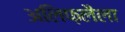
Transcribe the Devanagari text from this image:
अलिफ़लैला